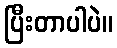
ပြီးတာပါပဲ။